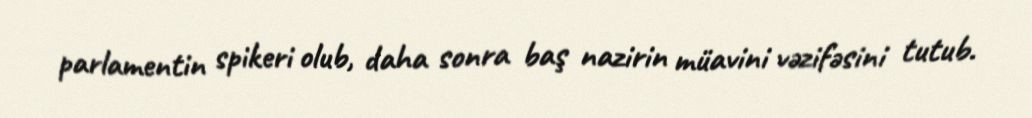
parlamentin spikeri olub, daha sonra baş nazirin müavini vəzifəsini tutub.